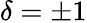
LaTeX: \delta=\pm 1